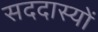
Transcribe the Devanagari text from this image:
सददास्यों